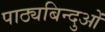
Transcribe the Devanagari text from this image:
पाठ्यबिन्दुओं